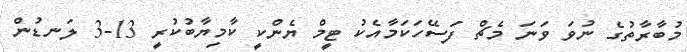
މުބާރާތުގެ ނުވަ ވަނަ މެޗް ފަސޭހަކަމާއެކު ޓީމް ޔެންކީ ކާމިޔާބުކުރީ 13-3 ލަނޑުން